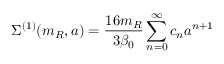
\Sigma ^ { ( 1 ) } ( m _ { R } , a ) = \frac { 1 6 m _ { R } } { 3 \beta _ { 0 } } \sum _ { n = 0 } ^ { \infty } c _ { n } a ^ { n + 1 }